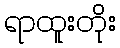
ရာထူးတိုး